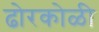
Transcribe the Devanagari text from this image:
ढोरकोळी